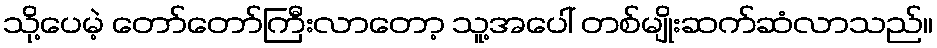
သို့ပေမဲ့ တော်တော်ကြီးလာတော့ သူ့အပေါ် တစ်မျိုးဆက်ဆံလာသည်။